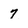
Character: 7